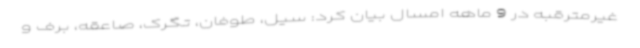
غیرمترقبه در 9 ماهه امسال بیان کرد: سیل، طوفان، تگرک، صاعقه، برف و